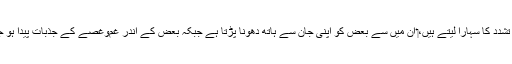
‏ جو لوگ تشدد کا سہارا لیتے ہیں،‏ اُن میں سے بعض کو اپنی جان سے ہاتھ دھونا پڑتا ہے جبکہ بعض کے اندر غم‌وغصے کے جذبات پیدا ہو جاتے ہیں۔